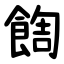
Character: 䭇